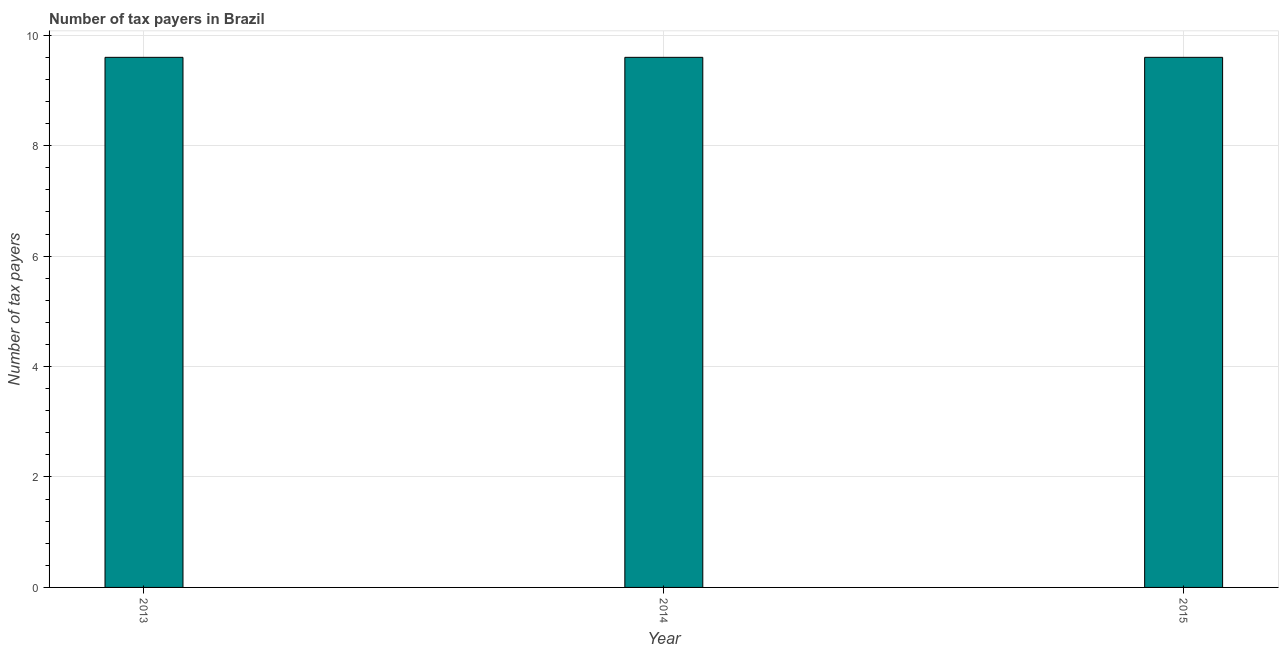
| Year | Tax payments |
 | --- | --- |
 | 2013 | 9.6 |
 | 2014 | 9.6 |
 | 2015 | 9.6 |